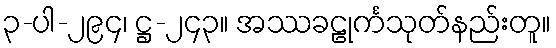
၃-ပါ-၂၉၄၊ ဋ္ဌ-၂၄၃။ အဿခဠုင်္ကသုတ်နည်းတူ။